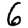
Digit: 6